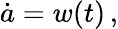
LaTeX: \dot{a}=w(t)\, ,